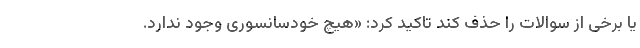
یا برخی از سوالات را حذف کند تاکید کرد: «هیچ خودسانسوری وجود ندارد.